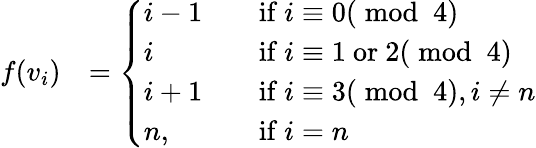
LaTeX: \begin{array}{rl}{f(v_{i})}&{=\left\{ \begin{array}{ll}{i-1\quad}&{\mathrm{if~}i\equiv 0(\bmod~4)}\\ {i\quad}&{\mathrm{if~}i\equiv 1\mathrm{~or~}2(\bmod~4)}\\ {i+1\quad}&{\mathrm{if~}i\equiv 3(\bmod~4),i\ne n}\\ {n,\quad}&{\mathrm{if~}i=n}\end{array}\right.}\end{array}